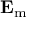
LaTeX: \mathbf { E _ { \mathrm { m } } }